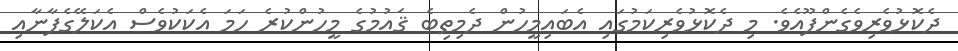
ދެކޮޅުވެރިވެގެންފޫއެވެ. މި ދެކޮޅުވެރިކަމުގައި އެބައިމީހުން ދެމިތިބެ ޤައުމުގެ މީހުންކުރެ ހަމަ އެކަކުވެސް އެކަލޭގެފާނާއި